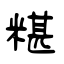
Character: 糂